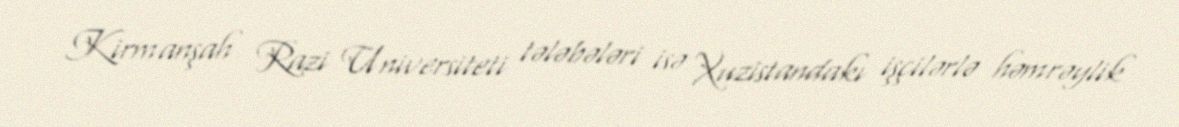
Kirmanşah Razi Universiteti tələbələri isə Xuzistandakı işçilərlə həmrəylik